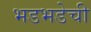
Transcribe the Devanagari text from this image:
भडभडेची